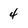
Character: 4